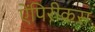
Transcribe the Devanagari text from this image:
ऐंपिरीकस